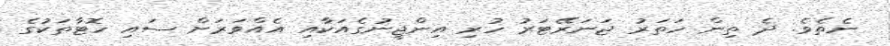
ނެތެވެ. ދެ ތިން ހަތަރު ޖަނަރޭޓަރު ހުރި އިންޖީނުގެއަކާއި އެއްވަރަށް ސައި ހޮޓާތަކުގެ